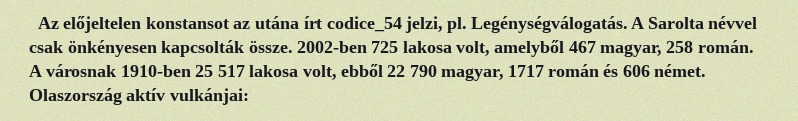
Az előjeltelen konstansot az utána írt codice_54 jelzi, pl. Legénységválogatás. A Sarolta névvel csak önkényesen kapcsolták össze. 2002-ben 725 lakosa volt, amelyből 467 magyar, 258 román. A városnak 1910-ben 25 517 lakosa volt, ebből 22 790 magyar, 1717 román és 606 német. Olaszország aktív vulkánjai: